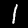
Label: 1